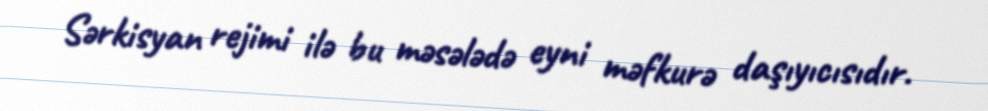
Sərkisyan rejimi ilə bu məsələdə eyni məfkurə daşıyıcısıdır.